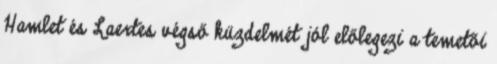
Hamlet és Laertes végső küzdelmét jól előlegezi a temetői